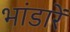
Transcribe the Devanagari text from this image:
भांडारें